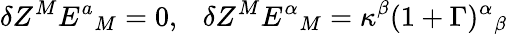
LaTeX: \delta Z^{M}E^{a}{}_{M}=0,~~~\delta Z^{M}E^{\alpha}{}_{M}=\kappa^{\beta}(1+\Gamma)^{\alpha}{}_{\beta}